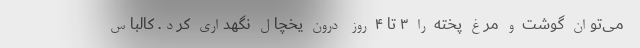
می‌توان گوشت و مرغ پخته را ۳ تا ۴ روز درون یخچال نگهداری کرد. کالباس